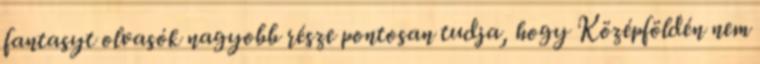
fantasyt olvasók nagyobb része pontosan tudja, hogy Középföldén nem